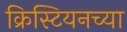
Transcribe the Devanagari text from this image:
क्रिस्टियनच्या